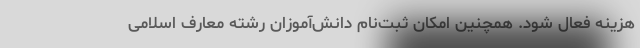
هزینه فعال شود. همچنین امکان ثبت‌نام دانش‌آموزان رشته معارف اسلامی